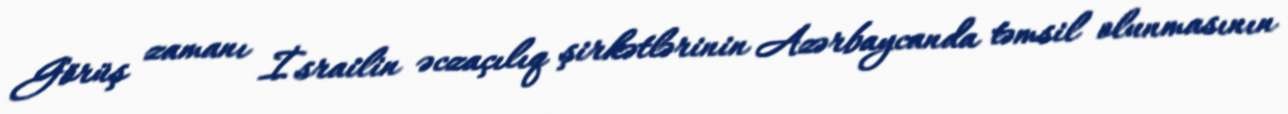
Görüş zamanı İsrailin əczaçılıq şirkətlərinin Azərbaycanda təmsil olunmasının